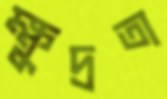
ক্ষুদ্রতা